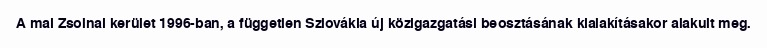
A mai Zsolnai kerület 1996-ban, a független Szlovákia új közigazgatási beosztásának kialakításakor alakult meg.